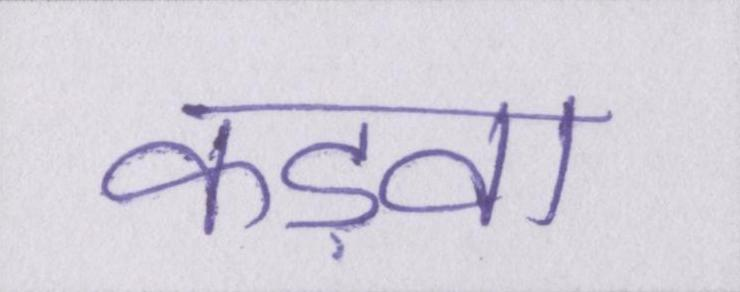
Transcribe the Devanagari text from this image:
कड़वा